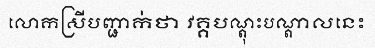
លោកស្រីបញ្ជាក់ថា វគ្គបណ្តុះបណ្តាលនេះ